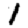
Digit: 1